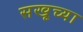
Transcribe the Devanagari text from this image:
सखूच्या